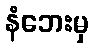
နံဘေးမှ